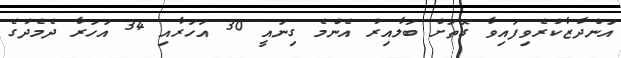
އަންދާޒާކުރެވިފައިވާ ގޮތަށް ބަލާއިރު އެންމެ ގިނައީ 30 އަހަރާއި 34 އަހަރާ ދެމެދުގެ